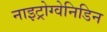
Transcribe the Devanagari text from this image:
नाइट्रोग्वेनिडिन